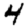
Digit: 4